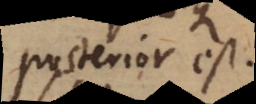
posterior est.